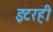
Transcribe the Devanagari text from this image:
इटरही